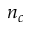
n _ { c }